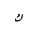
Letter: _kaf